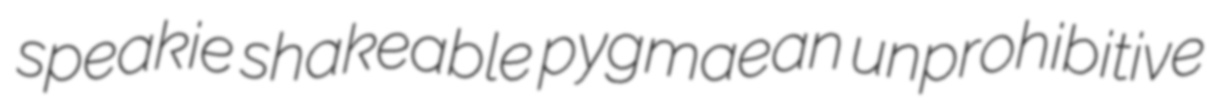
speakie shakeable pygmaean unprohibitive